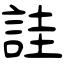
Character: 詿